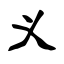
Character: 义